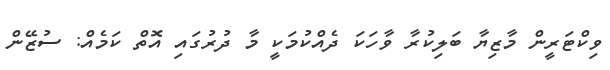
ވިކްޓަރީން މާޒިޔާ ބަލިކުރާ ވާހަކަ ދެއްކުމަކީ މާ ދުރުގައި އޮތް ކަމެއް: ސުޒޭން